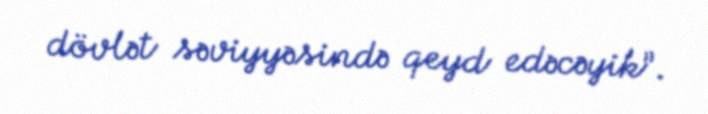
dövlət səviyyəsində qeyd edəcəyik”.